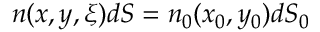
\begin{array} { r } { n ( x , y , \xi ) d S = n _ { 0 } ( x _ { 0 } , y _ { 0 } ) d S _ { 0 } } \end{array}